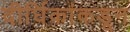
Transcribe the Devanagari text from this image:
दीर्घिकांकडून